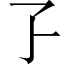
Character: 孒